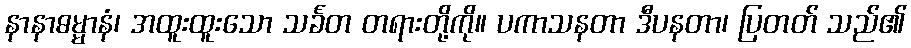
နာနာဓမ္မာနံ၊ အထူးထူးသော သင်္ခတ တရားတို့ကို။ ပကာသနတာ ဒီပနတာ၊ ပြတတ် သည်၏